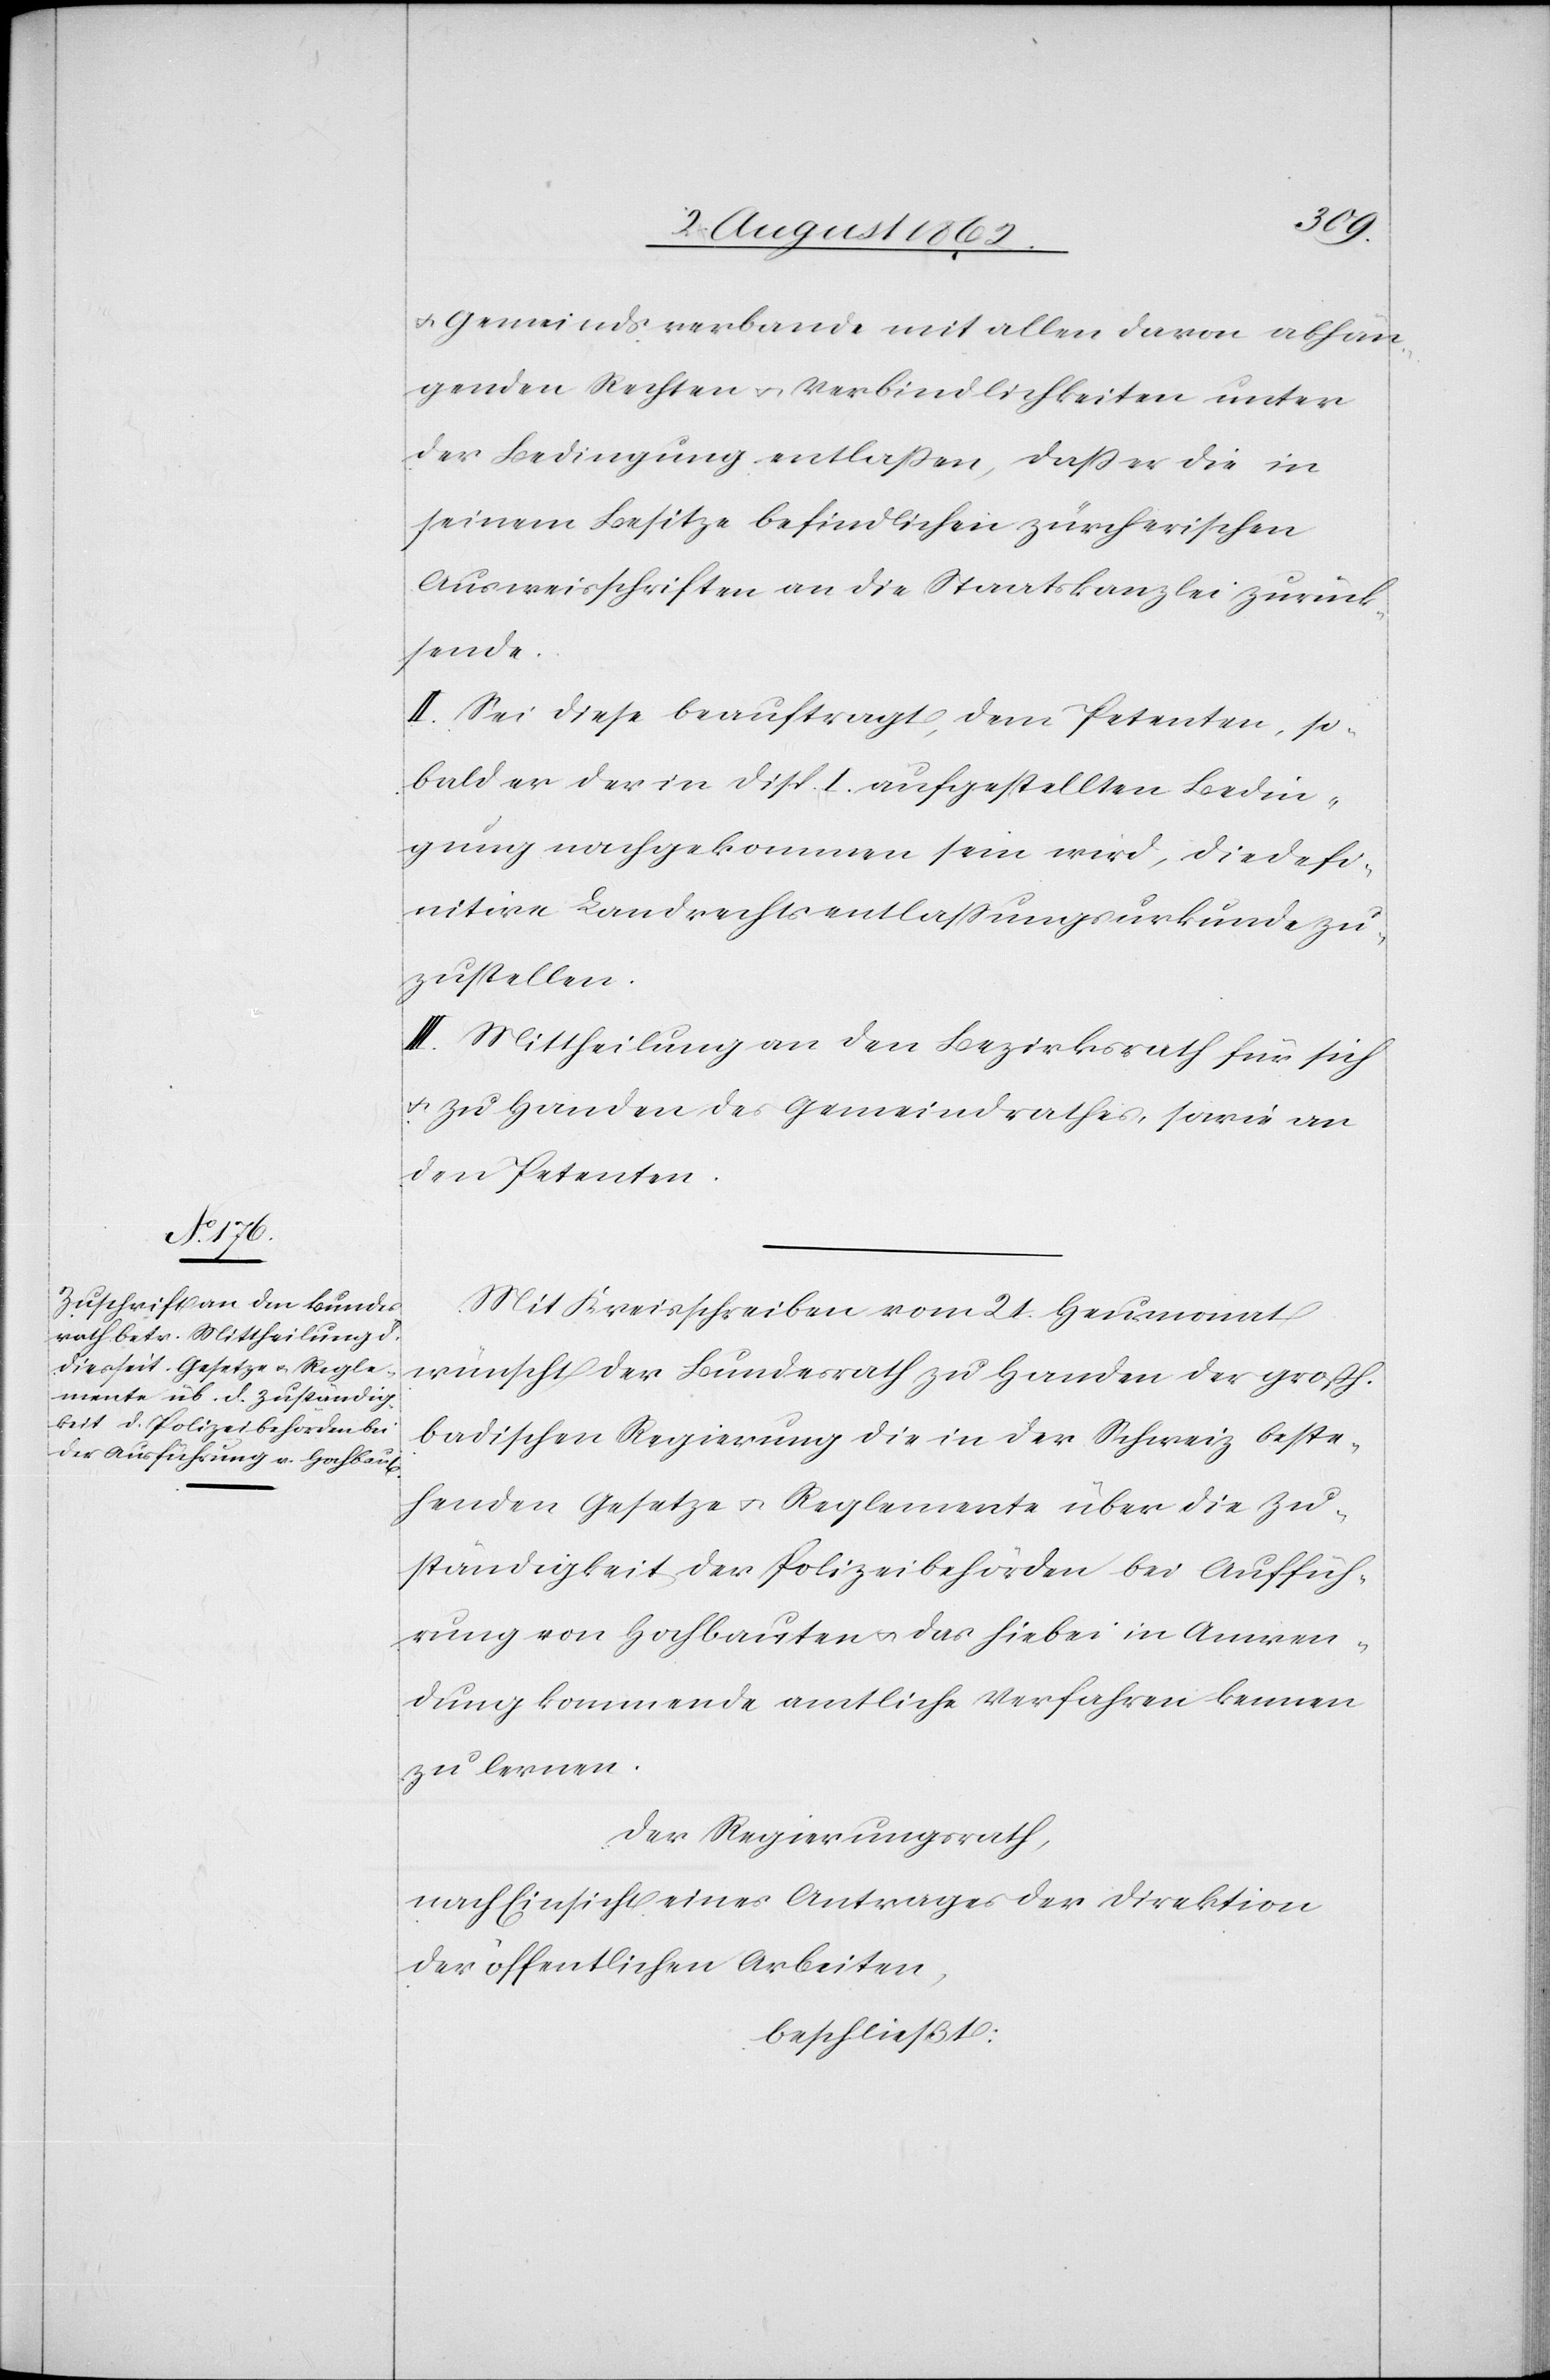
u. Gemeindsverbande mit allen davon abhän¬
genden Rechten u. Verbindlichkeiten unter
der Bedingung entlaßen, daß er die in
seinem Besitze befindlichen zürcherischen
Ausweisschriften an die Staatskanzlei zurück¬
sende.
II. Sei diese beauftragt, dem Petenten, so¬
bald er der in Disp. I aufgestellten Bedin¬
gung nachgekommen sein wird, die defi¬
nitive Landrechtsentlassungsurkunde zu¬
zustellen.
III. Mittheilung an den Bezirksrath für sich
u. zu Handen des Gemeindrathes, sowie an
den Petenen.
Mit Kreisschreiben vom 21. Heumonat
wünscht der Bundesrath zu Handen der grossh.
badischen Regierung die in der Schweiz beste¬
henden Gesetze u. Reglemente über die Zu¬
ständigkeit der Polizeibehörden bei Ausfüh¬
rung von Hochbauten u. das hiebei in Anwen¬
dung kommende amtliche Verfahren kennen
zu lernen.
Der Regierungsrath,
nach Einsicht eines Antrages der Direktion
der öffentlichen Arbeiten,
beschließt: